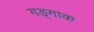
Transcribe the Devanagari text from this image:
गङ्गाक